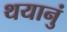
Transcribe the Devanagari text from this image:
थयानुं